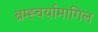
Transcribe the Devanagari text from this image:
ब्रम्ह्चर्यामागिल